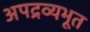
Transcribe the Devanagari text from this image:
अपद्रव्यभूत